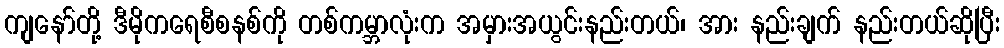
ကျနော်တို့ ဒီမိုကရေစီစနစ်ကို တစ်ကမ္ဘာလုံးက အမှားအယွင်းနည်းတယ်၊ အား နည်းချက် နည်းတယ်ဆိုပြီး